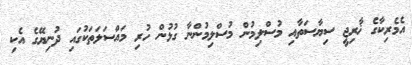
އެމެރިކާގެ ޚާރިޖީ ސިޔާސަތާއި މުސްލިމުން މުސްލިމުންނާ ގުޅުން ހުރި މައްސަލަތަކުގައި ދުނިޔޭގެ އެކި